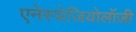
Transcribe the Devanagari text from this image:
एनेस्थेजियोलॉजी